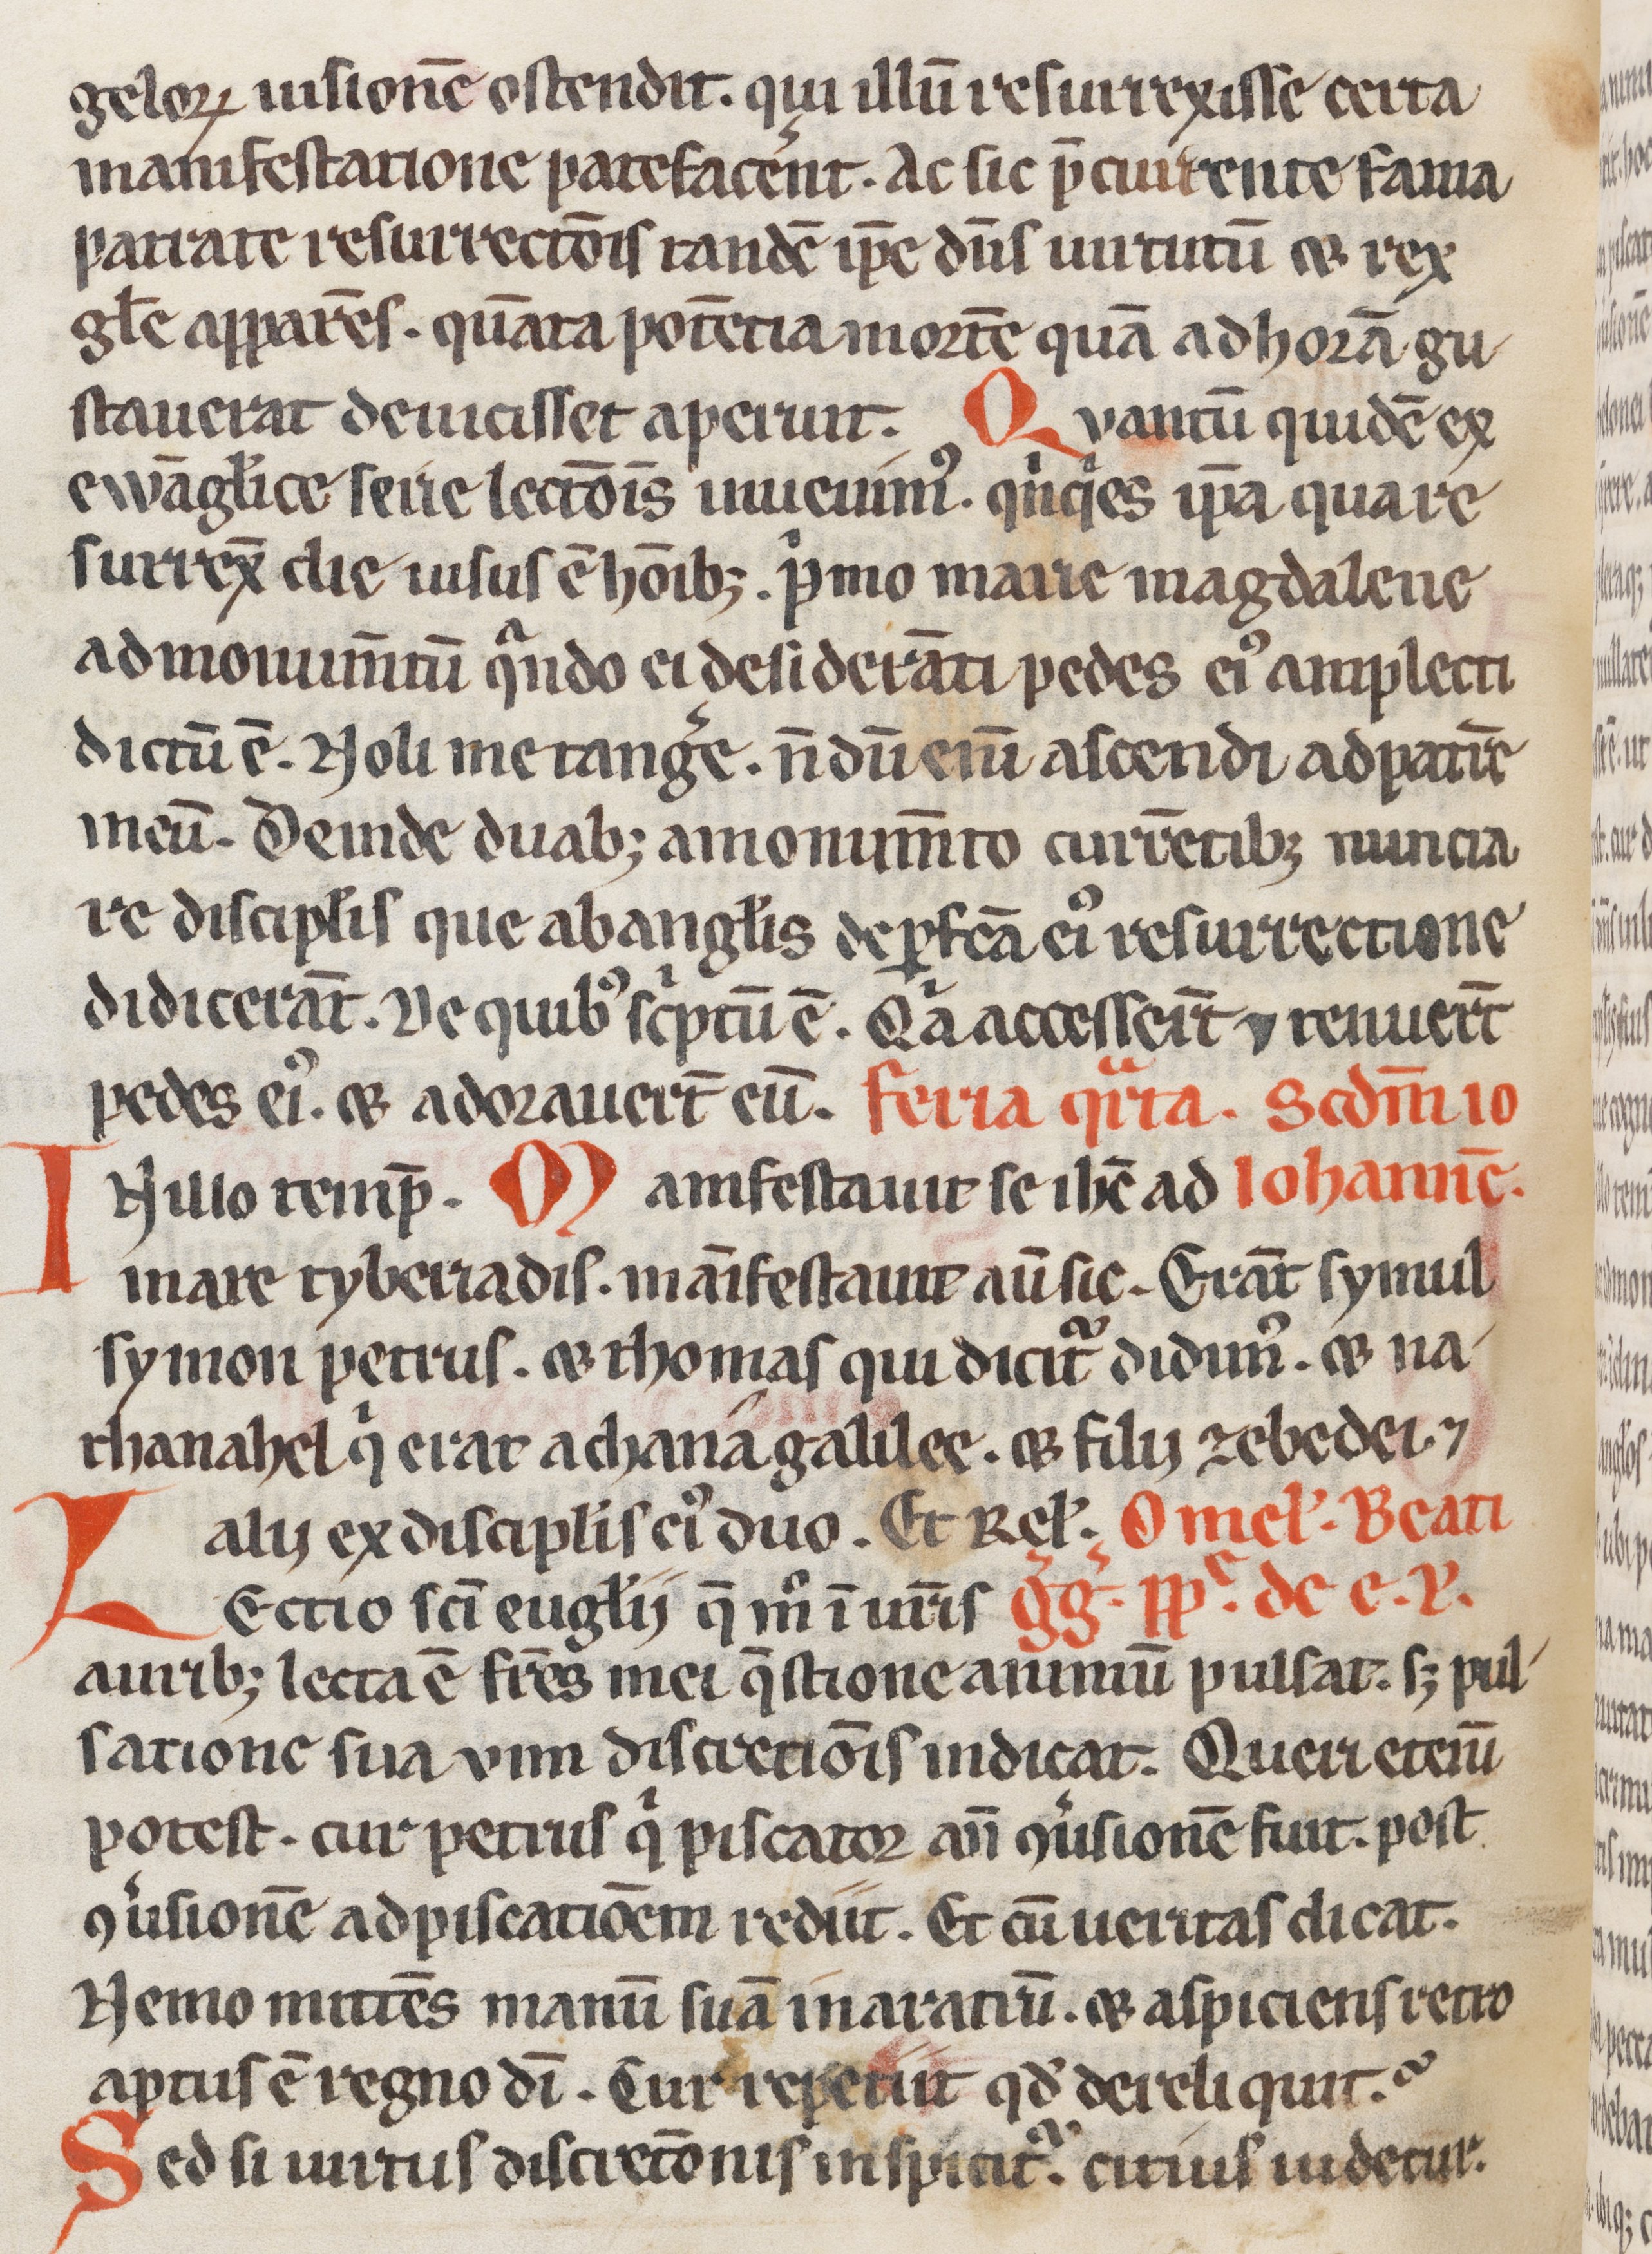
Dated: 1200–1299